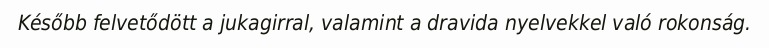
Később felvetődött a jukagirral, valamint a dravida nyelvekkel való rokonság.